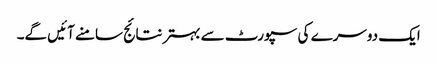
ایک دوسرے کی سپورٹ سے بہترنتائج سامنے آئیں گے۔